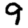
Digit: 9